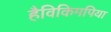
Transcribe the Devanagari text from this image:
हैविकिमपिया